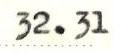
32.31